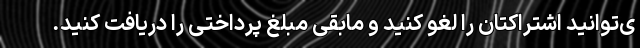
ی‌توانید اشتراکتان را لغو کنید و مابقی مبلغ پرداختی را دریافت کنید.